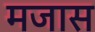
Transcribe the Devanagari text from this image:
मजास